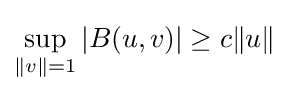
\sup _{\|v\|=1}|B(u,v)|\geq c\|u\|